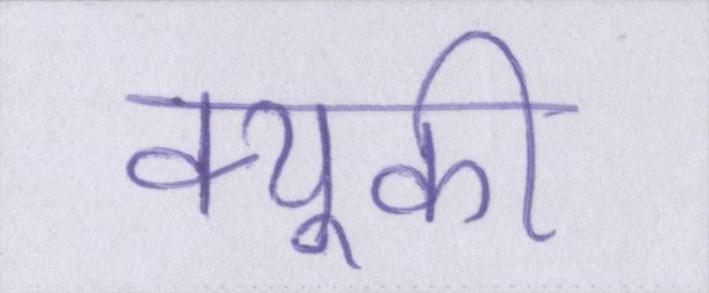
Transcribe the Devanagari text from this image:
क्यूकी